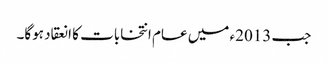
جب 2013ء میں عام انتخابات کا انعقاد ہوگا۔